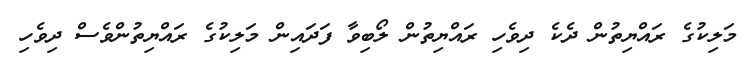
މަލިކުގެ ރައްޔިތުން ދެކެ ދިވެހި ރައްޔިތުން ލޯބިވާ ފަދައިން މަލިކުގެ ރައްޔިތުންވެސް ދިވެހި